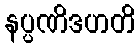
နပ္ပဏိဒဟတိ